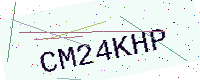
Text: CM24KHP